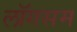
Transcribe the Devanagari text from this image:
लॉगसम